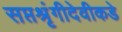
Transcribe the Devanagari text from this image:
सप्तश्रृंगीदेवीकडे